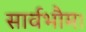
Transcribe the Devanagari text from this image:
सार्वभौम।